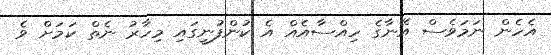
އެހެން ނަމަވެސް އޭނާގެ ހިއްސާއެއް އެ ކުންފުނީގައި މިހާރު ނެތް ކަމަށް ވެ